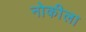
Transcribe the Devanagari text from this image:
नोकीला